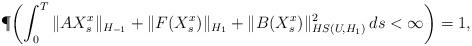
LaTeX: \begin{align*}\P\!\left(\int^T_0\|AX^x_s\|_{H_{-1}}+\|F(X^x_s)\|_{H_1}+\|B(X^x_s)\|^2_{HS(U,H_1)}\, ds< \infty\right)=1,\end{align*}